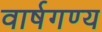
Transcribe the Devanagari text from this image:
वार्षगण्य